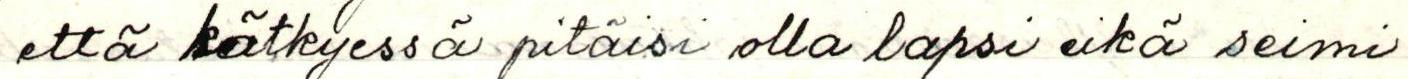
että kätkyessä pitäisi olla lapsi eikä seimi